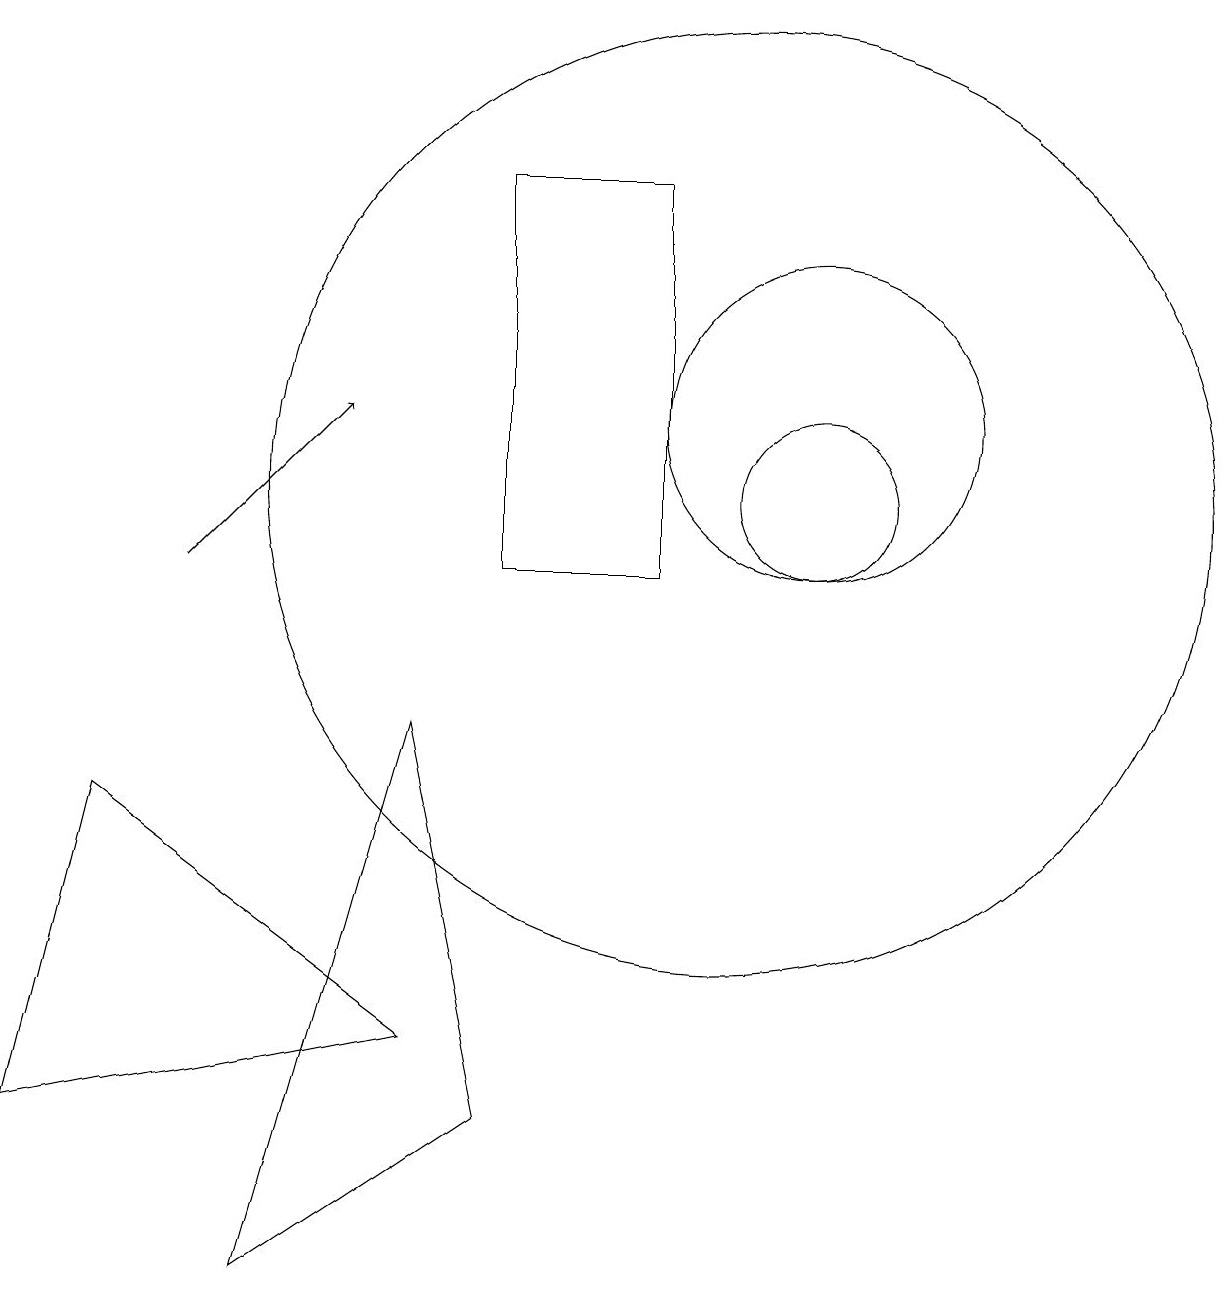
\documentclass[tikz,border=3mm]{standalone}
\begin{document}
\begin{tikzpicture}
\draw (7,3) -- (4,1) -- (6,8) -- cycle;
\draw (10,11) circle (6);
\draw[->] (3,10) -- (5,12);
\draw (11,11) circle (1);
\draw (7,15) rectangle (9,10);
\draw (6,4) -- (2,7) -- (1,3) -- cycle;
\draw (11,12) circle (2);
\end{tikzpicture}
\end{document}